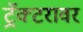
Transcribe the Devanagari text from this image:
ट्रॅक्टरावर